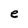
Character: e